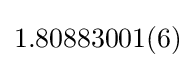
1.80883001(6)